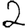
Digit: 2